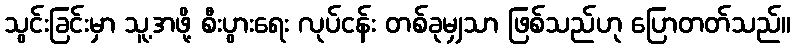
သွင်းခြင်းမှာ သူ့အဖို့ စီးပွားရေး လုပ်ငန်း တစ်ခုမျှသာ ဖြစ်သည်ဟု ပြောတတ်သည်။